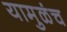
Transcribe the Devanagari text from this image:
यामुळंच